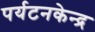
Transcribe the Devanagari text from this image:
पर्यटनकेन्द्र